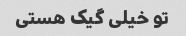
تو خیلی گیک هستی